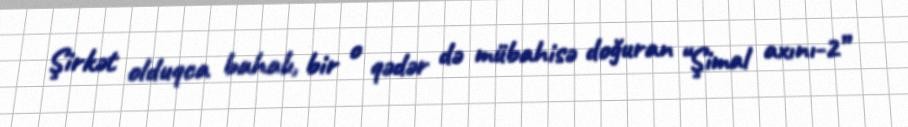
Şirkət olduqca bahalı, bir o qədər də mübahisə doğuran “Şimal axını-2”